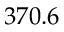
3 7 0 . 6